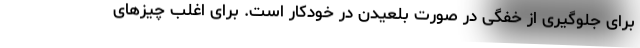
برای جلوگیری از خفگی در صورت بلعیدن در خودکار است. برای اغلب چیزهای